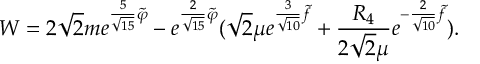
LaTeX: W = 2 \sqrt { 2 } m e ^ { { \frac { 5 } { \sqrt { 1 5 } } } \tilde { \varphi } } - e ^ { { \frac { 2 } { \sqrt { 1 5 } } } \tilde { \varphi } } ( \sqrt { 2 } \mu e ^ { { \frac { 3 } { \sqrt { 1 0 } } } \tilde { f } } + { \frac { R _ { 4 } } { 2 \sqrt { 2 } \mu } } e ^ { - { \frac { 2 } { \sqrt { 1 0 } } } \tilde { f } } ) .